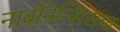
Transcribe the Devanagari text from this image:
नार्बोनेन्सिसचा